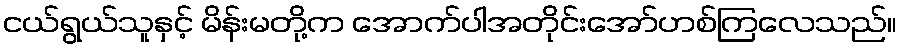
ငယ်ရွယ်သူနှင့် မိန်းမတို့က အောက်ပါအတိုင်းအော်ဟစ်ကြလေသည်။